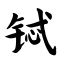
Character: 铽